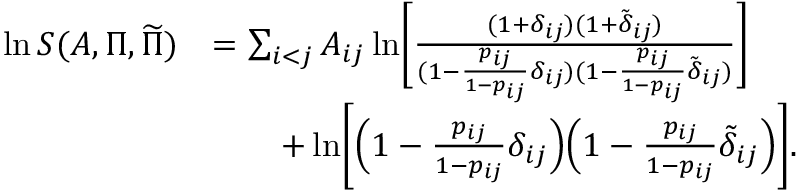
\begin{array} { r l } { \ln S ( A , \Pi , \widetilde { \Pi } ) } & { = \sum _ { i < j } A _ { i j } \ln \biggl [ \frac { ( 1 + \delta _ { i j } ) ( 1 + \tilde { \delta } _ { i j } ) } { ( 1 - \frac { p _ { i j } } { 1 - p _ { i j } } \delta _ { i j } ) ( 1 - \frac { p _ { i j } } { 1 - p _ { i j } } \tilde { \delta } _ { i j } ) } \biggr ] } \\ & { \qquad + \ln \biggl [ \Bigl ( 1 - \frac { p _ { i j } } { 1 - p _ { i j } } \delta _ { i j } \Bigr ) \Bigl ( 1 - \frac { p _ { i j } } { 1 - p _ { i j } } \tilde { \delta } _ { i j } \Bigr ) \biggr ] . } \end{array}